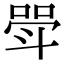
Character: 斝